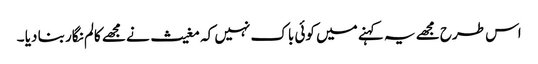
اس طرح مجھے یہ کہنے میں کوئی باک نہیں کہ مغیث نے مجھے کالم نگار بنا دیا ۔